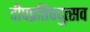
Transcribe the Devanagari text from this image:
दीपप्रतिपदुत्सव